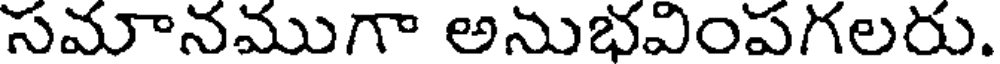
సమానముగా అనుభవింపగలరు.